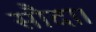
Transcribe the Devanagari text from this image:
सौदा।